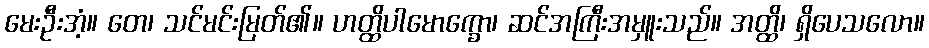
မေးဦးအံ့။ တေ၊ သင်မင်းမြတ်၏။ ဟတ္ထိပါမောက္ခော၊ ဆင်အကြီးအမှူးသည်။ အတ္ထိ၊ ရှိပေသလော။